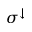
\sigma ^ { \downarrow }